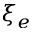
\xi _ { e }